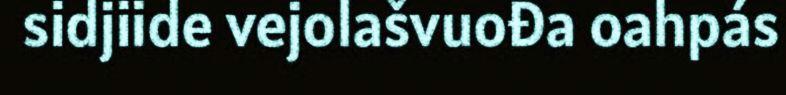
sidjiide vejolašvuođa oahpás